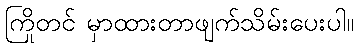
ကြိုတင် မှာထားတာဖျက်သိမ်းပေးပါ။